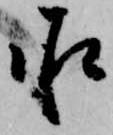
承